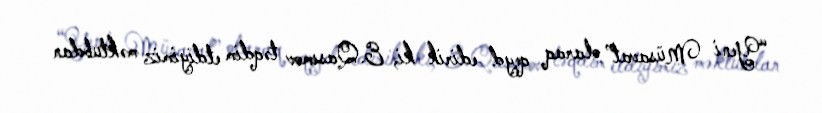
“Yeni Müsavat” olaraq qeyd edirik ki, E.Qasımov təqdim etdiyimiz məktubdan